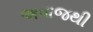
અવાજથી